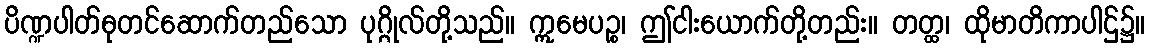
ပိဏ္ဍပါတ်ဓုတင်ဆောက်တည်သော ပုဂ္ဂိုလ်တို့သည်။ ဣမေပဉ္စ၊ ဤငါးယောက်တို့တည်း။ တတ္ထ၊ ထိုမာတိကာပါဌ်၌။